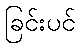
ခြင်းပင်